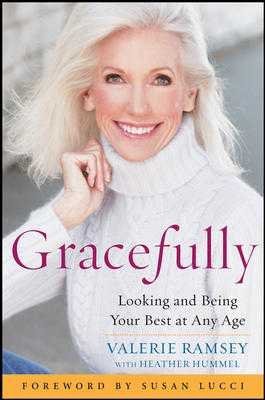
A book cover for Gracefully: Looking and Being Your Best at Any Age (Hardback) - Common; By (author) Heather Hummel By (author) Valerie Ramsey; Health, Fitness & Dieting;